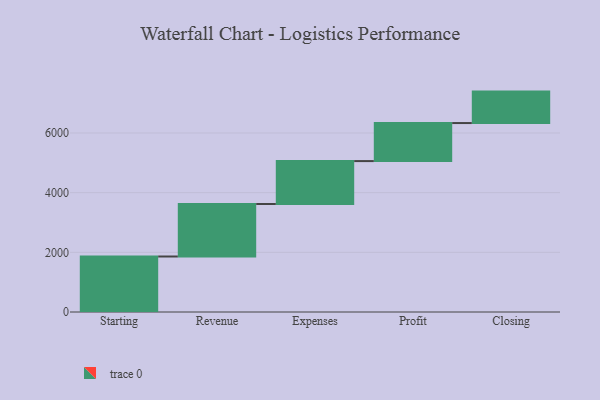
{"axis": {"x": "Step", "y": "Value"}, "legend": [""], "data": [{"x": "Starting", "y": 1860.0, "type": ""}, {"x": "Revenue", "y": 1760.0, "type": ""}, {"x": "Expenses", "y": 1438.0, "type": ""}, {"x": "Profit", "y": 1275.0, "type": ""}, {"x": "Closing", "y": 1054.0, "type": ""}]}